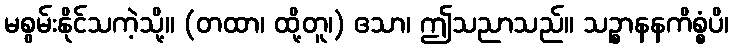
မစွမ်းနိုင်သကဲ့သို့။ (တထာ၊ ထို့တူ၊) ဧသာ၊ ဤသညာသည်။ သဉ္စာနနကိစ္စံပိ၊